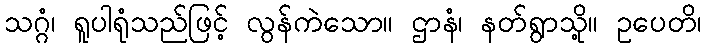
သဂ္ဂံ၊ ရူပါရုံသည်ဖြင့် လွန်ကဲသော။ ဌာနံ၊ နတ်ရွာသို့။ ဥပေတိ၊